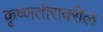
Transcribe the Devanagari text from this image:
कृष्णतीरावरील